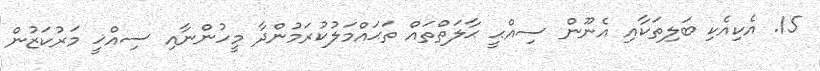
15. އެކިއެކި ބަލިތަކާއި އެނޫން ސިއްޙީ ޙާލަތްތައް ތަޙައްމަލުކުރަމުންދާ މީހުންނާއި ސިއްޚީ މަރުކަޒުން